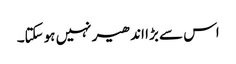
اس سے بڑا اندھیر نہیں ہوسکتا۔